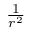
\textstyle { \frac { 1 } { r ^ { 2 } } }